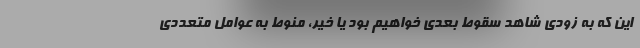
این که به زودی شاهد سقوط بعدی خواهیم بود یا خیر، منوط به عوامل متعددی